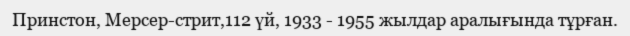
Принстон, Мерсер-стрит,112 үй, 1933 - 1955 жылдар аралығында тұрған.